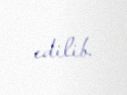
edilib.